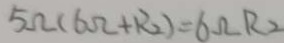
5 \Omega ( 6 \Omega + R _ { 2 } ) = 6 \Omega R _ { 2 }